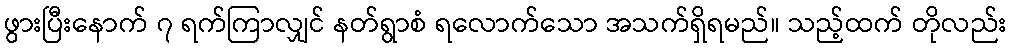
ဖွားပြီးနောက် ၇ ရက်ကြာလျှင် နတ်ရွာစံ ရလောက်သော အသက်ရှိရမည်။ သည့်ထက် တိုလည်း